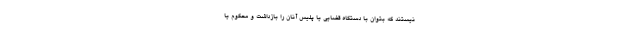
نیستند که بتوان با دستگاه قضایی یا پلیس آنان را بازداشت و محکوم یا